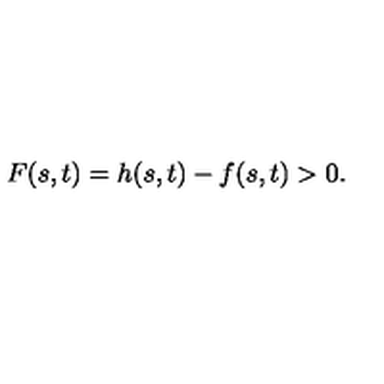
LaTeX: F ( s , t ) = h ( s , t ) - f ( s , t ) > 0 .